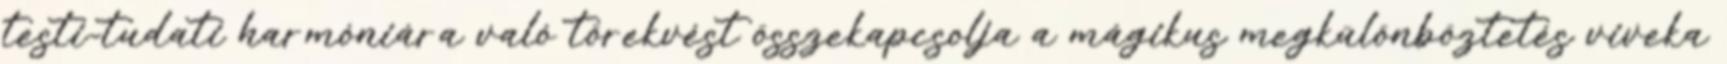
testi-tudati harmóniára való törekvést összekapcsolja a mágikus megkülönböztetés viveka